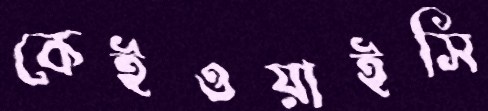
কেইওয়াইসি